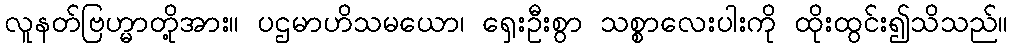
လူနတ်ဗြဟ္မာတို့အား။ ပဌမာဟိသမယော၊ ရှေးဦးစွာ သစ္စာလေးပါးကို ထိုးထွင်း၍သိသည်။